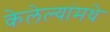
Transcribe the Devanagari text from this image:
केलेल्यांमधे